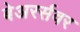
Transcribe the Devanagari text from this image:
बेअरर्सवर